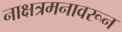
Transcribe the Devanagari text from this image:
नाक्षत्रमनावरून